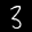
Label: 3